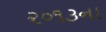
૨૦૧૩ના